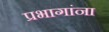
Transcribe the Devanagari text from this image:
प्रभागांना